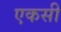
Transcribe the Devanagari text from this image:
एकसी